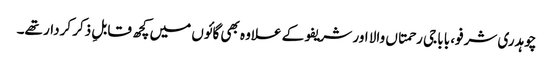
چوہدری شرفو، بابا جی رحمتاں والا اور شریفو کے علاوہ بھی گائوں میں کچھ قابلِ ذکر کردار تھے۔